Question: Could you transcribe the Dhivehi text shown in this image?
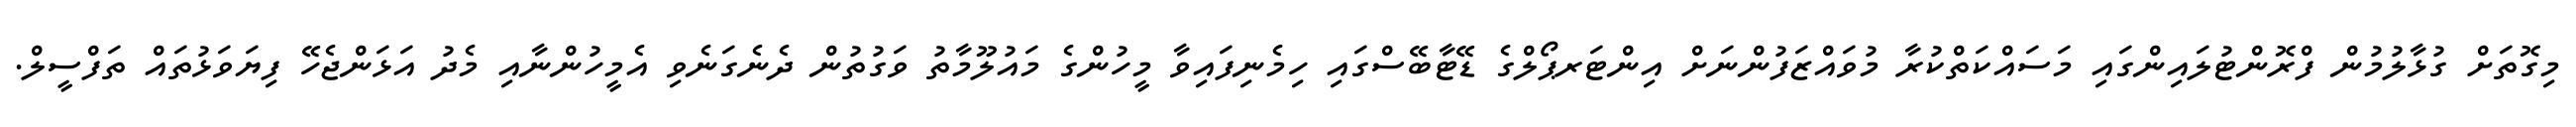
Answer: މިގޮތަށް ގުޅާލުމުން ފްރޮންޓުލައިންގައި މަސައްކަތްކުރާ މުވައްޒަފުންނަށް އިންޓަރޕޯލްގެ ޑޭޓާބޭސްގައި ހިމެނިފައިވާ މީހުންގެ މައުލޫމާތު ވަގުތުން ދެނެގަނެވި އެމީހުންނާއި މެދު އަޅަންޖެހޭ ފިޔަވަޅުތައް ތަފްސީލް.